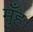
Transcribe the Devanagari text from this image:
मुँह।